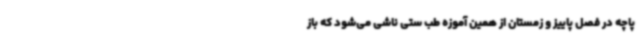
پاچه در فصل پاییز و زمستان از همین آموزه طب ستی ناشی می‌شود که باز